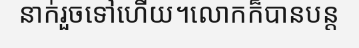
នាក់រួចទៅហើយ។លោកក៏បានបន្ត